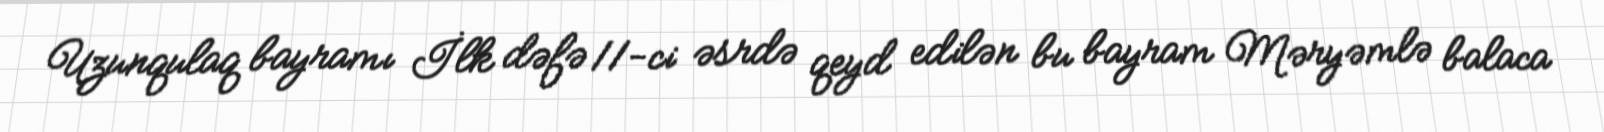
Uzunqulaq bayramı İlk dəfə 11-ci əsrdə qeyd edilən bu bayram Məryəmlə balaca